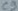
Text: C9